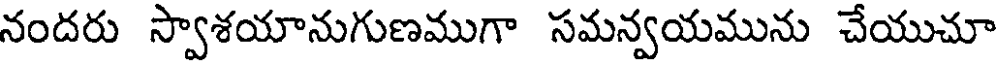
నందరు స్వాశయానుగుణముగా సమన్వయమును చేయుచూ